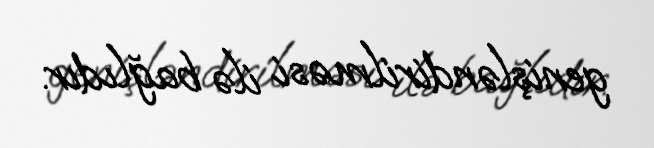
genişləndirilməsi ilə bağlıdır.